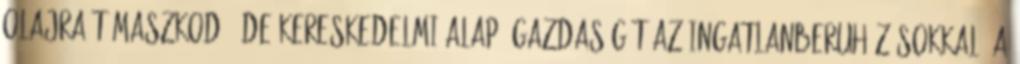
olajra támaszkodó, de kereskedelmi alapú gazdaságát az ingatlanberuházásokkal, a